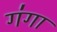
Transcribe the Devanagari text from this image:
ग॑गा